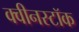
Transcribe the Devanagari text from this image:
क्वीनस्टॉक